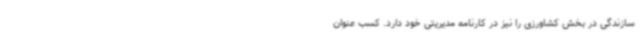
سازندگی در بخش کشاورزی را نیز در کارنامه مدیریتی خود دارد. کسب عنوان